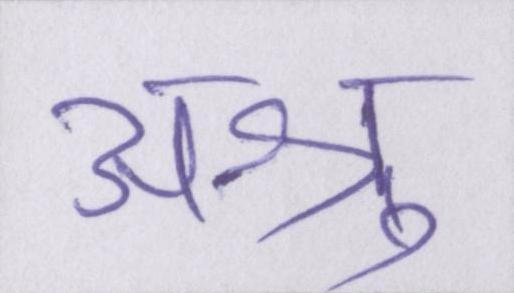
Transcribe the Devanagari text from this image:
अश्रु